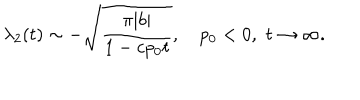
LaTeX: \lambda _ { 2 } ( t ) \sim - \sqrt { \frac { \pi | b | } { 1 - c p _ { 0 } t } } , \quad p _ { 0 } < 0 , \, \, t \to \infty .